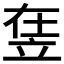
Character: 𥩴